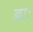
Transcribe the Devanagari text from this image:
डाः